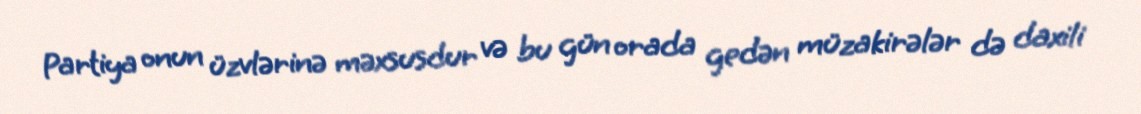
Partiya onun üzvlərinə məxsusdur və bu gün orada gedən müzakirələr də daxili